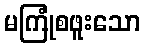
မကြုံစဖူးသော